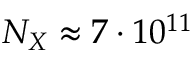
N _ { X } \approx 7 \cdot 1 0 ^ { 1 1 }